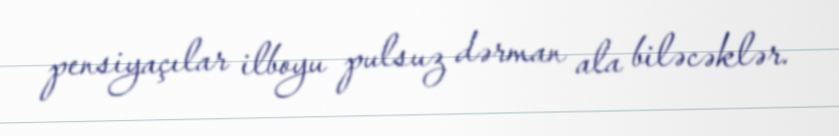
pensiyaçılar ilboyu pulsuz dərman ala biləcəklər.